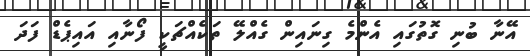
އޭނާ ބުނި ގޮތުގައި އެންމެ ގިނައިން ގެއްލޭ ތަކެއްޗަކީ ފޯނާއި އައިޕެޑް ފަދަ